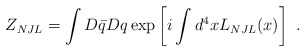
\begin{align*}Z_{NJL} = \int D\bar{q} Dq \exp\left[i\int d^4x L_{NJL}(x)\right]\,\,.\end{align*}